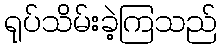
ရုပ်သိမ်းခဲ့ကြသည်